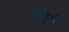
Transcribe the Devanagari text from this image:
विएर्द